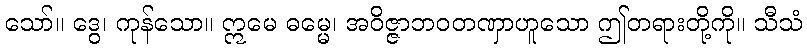
သော်။ ဒွေ၊ ကုန်သော။ ဣမေ ဓမ္မေ၊ အဝိဇ္ဇာဘဝတဏှာဟူသော ဤတရားတို့ကို။ သီသံ